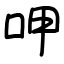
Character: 呷